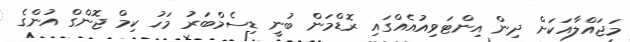
މަޖައްލާއަކަށް ދިން އިންޓަވިއުއެއްގައި ރޮޑްމަން ބުނީ ޑިސެމްބަރު މަހު ކިމް ޖޮންގް އުންގެ